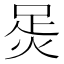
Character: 𧿮